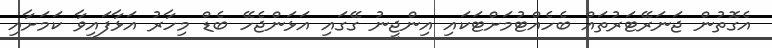
އެގޮތުން ޖަނަރޭޓަރުތައް ބެހެއްޓުމަށްޓަކައި އިންޖީނު ގޭގައި އަޅަންޖެހޭ ބެޑް މިހާރު އަޅާފައިވާ ކަމަށާއި